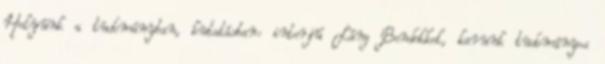
Helyünk a tudományban, kutatásban: interjú Láng Bendekkel, karunk tudományos